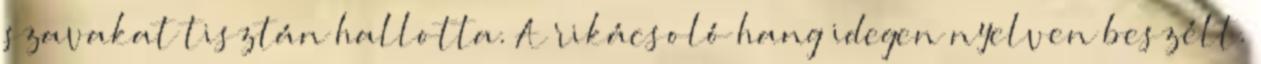
szavakat tisztán hallotta. A rikácsoló hang idegen nyelven beszélt.